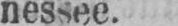
nessee.